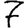
Digit: 7